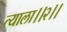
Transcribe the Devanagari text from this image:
त्याला।।२।।